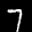
Label: 7